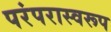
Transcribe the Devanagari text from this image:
परंपरास्वरूप